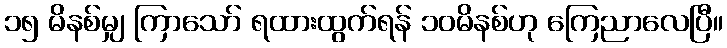
၁၅ မိနစ်မျှ ကြာသော် ရထားထွက်ရန် ၁၀မိနစ်ဟု ကြေညာလေပြီ။